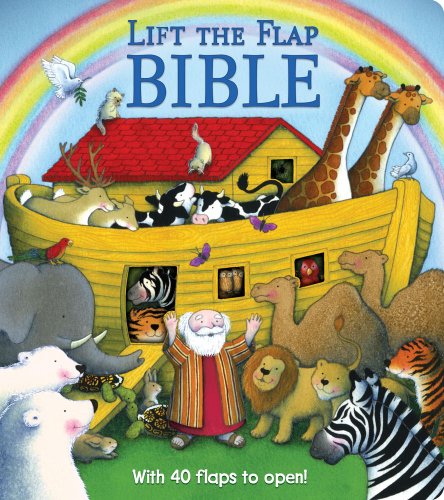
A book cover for Lift the Flap Bible; Sally Lloyd Jones; Christian Books & Bibles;